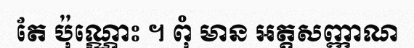
តែ ប៉ុណ្ណោះ ។ ពុំ មាន អត្តសញ្ញាណ